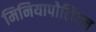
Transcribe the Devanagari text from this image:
मिनियापोलिटन